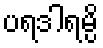
ပရဒါရမ္ပိ